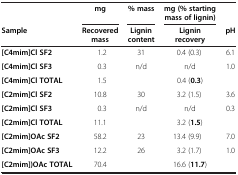
<table><thead><tr><td><b> </b></td><td><b>mg</b></td><td><b>% mass</b></td><td><b>mg (% starting mass of lignin)</b></td><td><b> </b></td></tr><tr><td><b>Sample</b></td><td><b>Recovered mass</b></td><td><b>Lignin content</b></td><td><b>Lignin recovery</b></td><td><b>pH</b></td></tr></thead><tbody><tr><td><b>[C4mim]Cl SF2</b></td><td>1.2</td><td>31</td><td>0.4 (0.3)</td><td>6.1</td></tr><tr><td><b>[C4mim]Cl SF3</b></td><td>0.3</td><td>n/d</td><td>n/d</td><td>1.0</td></tr><tr><td><b>[C4mim]Cl TOTAL</b></td><td>1.5</td><td> </td><td>0.4 (<b>0.3</b>)</td><td> </td></tr><tr><td><b>[C2mim]Cl SF2</b></td><td>10.8</td><td>30</td><td>3.2 (1.5)</td><td>3.6</td></tr><tr><td><b>[C2mim]Cl SF3</b></td><td>0.3</td><td>n/d</td><td>n/d</td><td>0.3</td></tr><tr><td><b>[C2mim]Cl TOTAL</b></td><td>11.1</td><td> </td><td>3.2 (<b>1.5</b>)</td><td> </td></tr><tr><td><b>[C2mim]OAc SF2</b></td><td>58.2</td><td>23</td><td>13.4 (9.9)</td><td>7.0</td></tr><tr><td><b>[C2mim]OAc SF3</b></td><td>12.2</td><td>26</td><td>3.2 (1.7)</td><td>1.0</td></tr><tr><td><b>[C2mim])OAc TOTAL</b></td><td>70.4</td><td> </td><td>16.6 (<b>11.7</b>)</td><td> </td></tr></tbody></table>